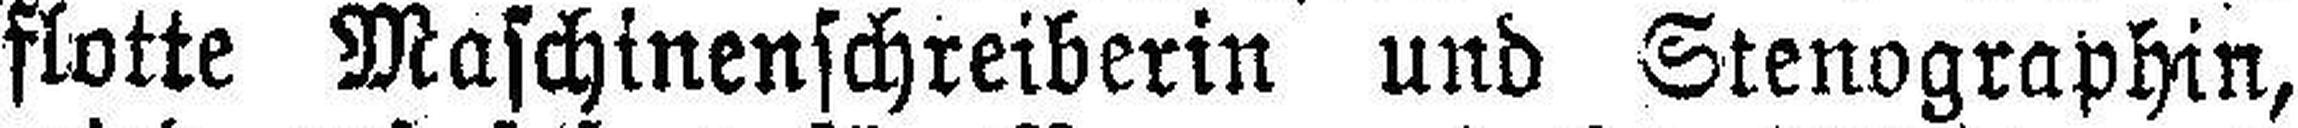
flotte Maschinenschreiberin und Stenographin,